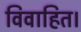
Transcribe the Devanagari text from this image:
विवाहित।